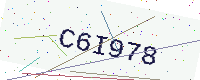
Text: C6I978